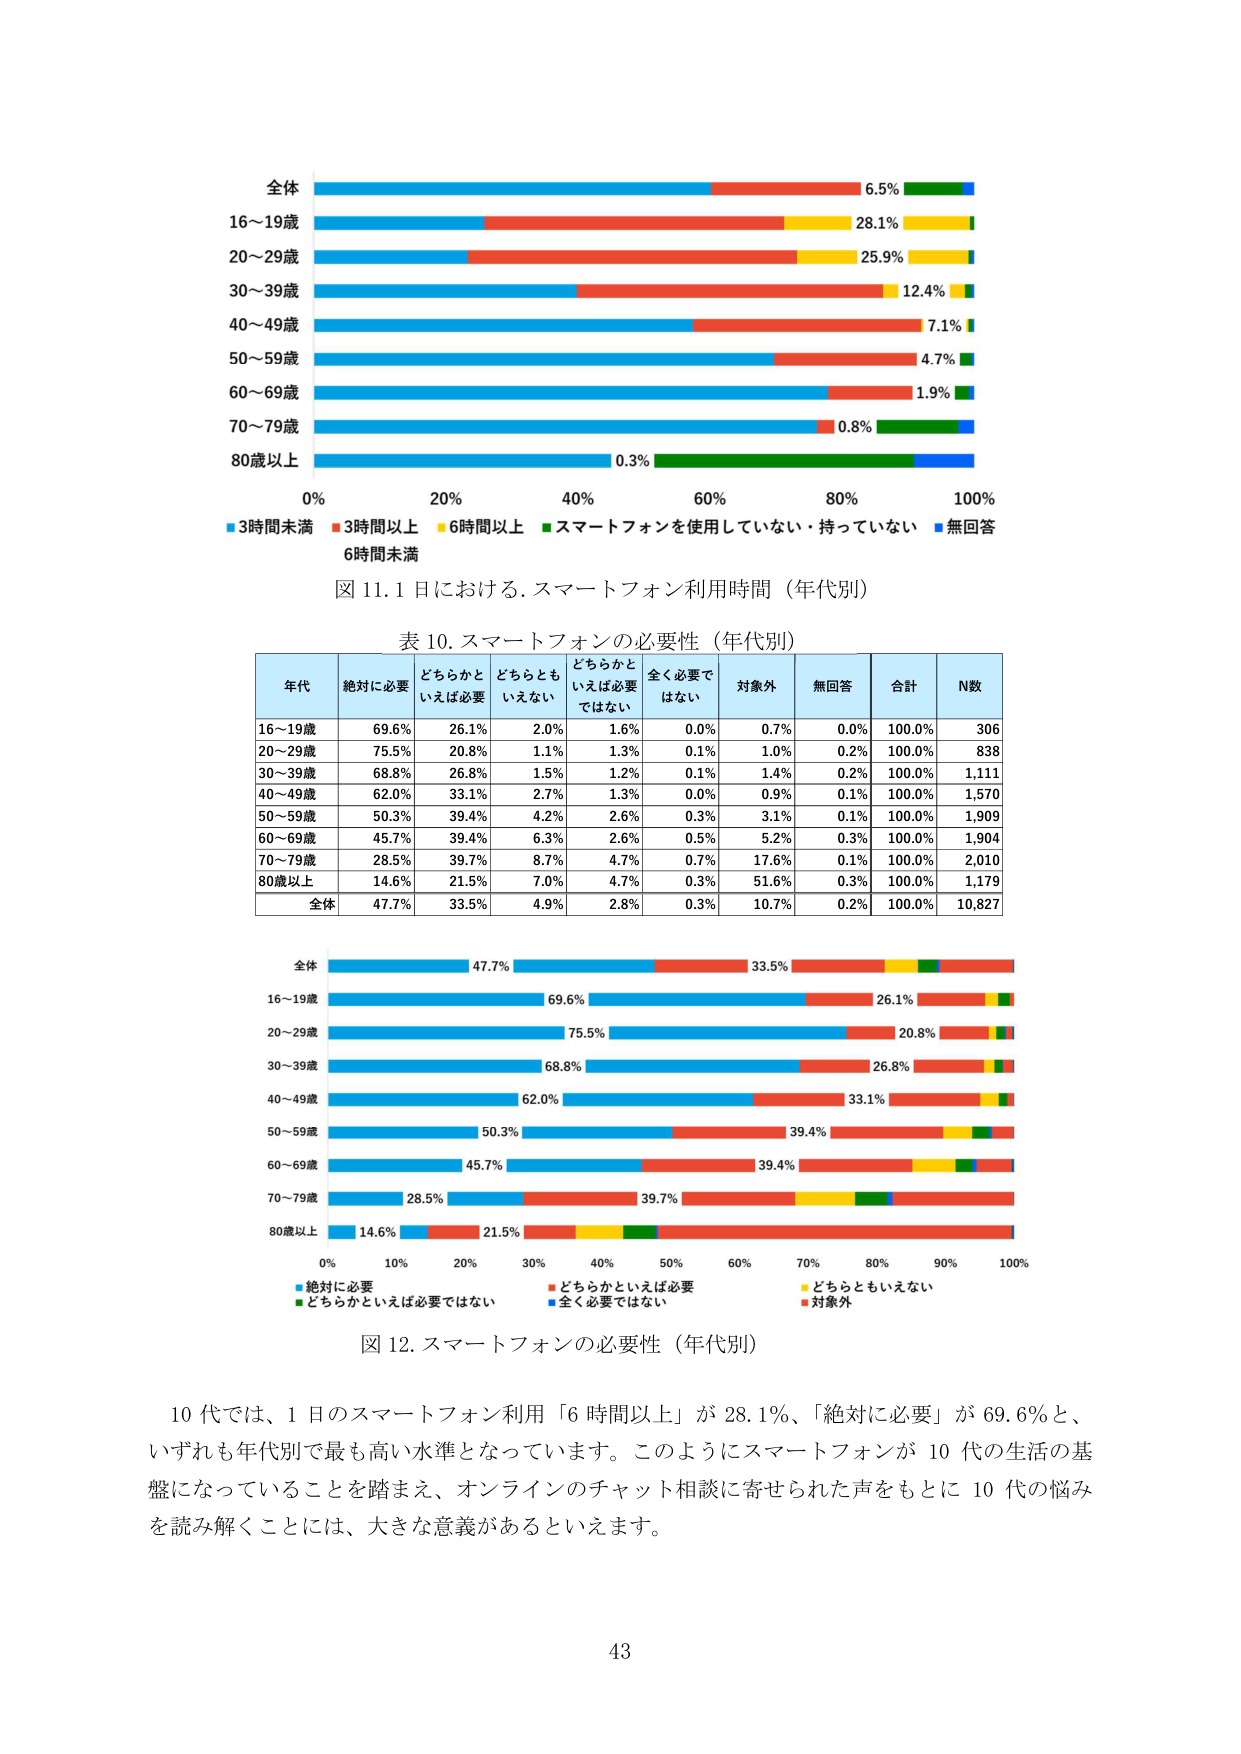
全体
16～19歳
20～29歳
30～39歳
40～49歳
50～59歳
60～69歳
70～79歳
80歳以上
0% 20% 40% 60% 80% 100%
■3時間未満 ■3時間以上 ■6時間以上 ■スマートフォンを使用していない・持っていない ■無回答
6時間未満
図 11. 1 日における、スマートフォン利用時間（年代別）

表 10. スマートフォンの必要性（年代別）
年代 絶対に必要 どちらかといえば必要 どちらともいえない どちらかといえば必要ではない 全く必要ではない 対象外 無回答 合計 N数
16～19歳 69.6% 26.1% 2.0% 1.6% 0.0% 0.7% 0.0% 100.0% 306
20～29歳 75.5% 20.8% 1.1% 1.3% 0.1% 1.0% 0.2% 100.0% 838
30～39歳 68.8% 26.8% 1.5% 1.2% 0.1% 1.4% 0.2% 100.0% 1,111
40～49歳 62.0% 33.1% 2.7% 1.3% 0.0% 0.9% 0.1% 100.0% 1,570
50～59歳 50.3% 39.4% 4.2% 2.6% 0.3% 3.1% 0.1% 100.0% 1,909
60～69歳 45.7% 39.4% 6.3% 2.6% 0.5% 5.2% 0.3% 100.0% 1,904
70～79歳 28.5% 39.7% 8.7% 4.7% 0.7% 17.6% 0.1% 100.0% 2,010
80歳以上 14.6% 21.5% 7.0% 4.7% 0.3% 51.6% 0.3% 100.0% 1,179
全体 47.7% 33.5% 4.9% 2.8% 0.3% 10.7% 0.2% 100.0% 10,827

全体 47.7% 33.5%
16～19歳 69.6% 26.1%
20～29歳 75.5% 20.8%
30～39歳 68.8% 26.8%
40～49歳 62.0% 33.1%
50～59歳 50.3% 39.4%
60～69歳 45.7% 39.4%
70～79歳 28.5% 39.7%
80歳以上 14.6% 21.5%
0% 10% 20% 30% 40% 50% 60% 70% 80% 90% 100%
■絶対に必要 ■どちらかといえば必要 ■どちらともいえない ■全く必要ではない ■対象外
図 12. スマートフォンの必要性（年代別）

10 代では、1 日のスマートフォン利用「6 時間以上」が 28.1%、「絶対に必要」が 69.6% と、いずれも年代別で最も高い水準となっています。このようにスマートフォンが 10 代の生活の基盤になっていることを踏まえ、オンラインのチャット相談に寄せられた声をもとに 10 代の悩みを読み解くことには、大きな意義があるといえます。

43